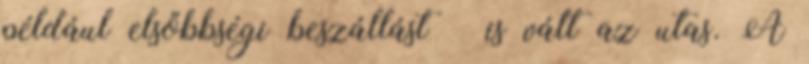
például elsőbbségi beszállást – is vált az utas. A